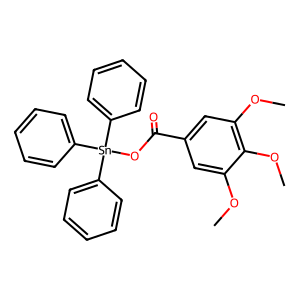
SMILES: COc1cc(C(=O)O[Sn](c2ccccc2)(c2ccccc2)c2ccccc2)cc(OC)c1OC
Inhibits HIV replication: No